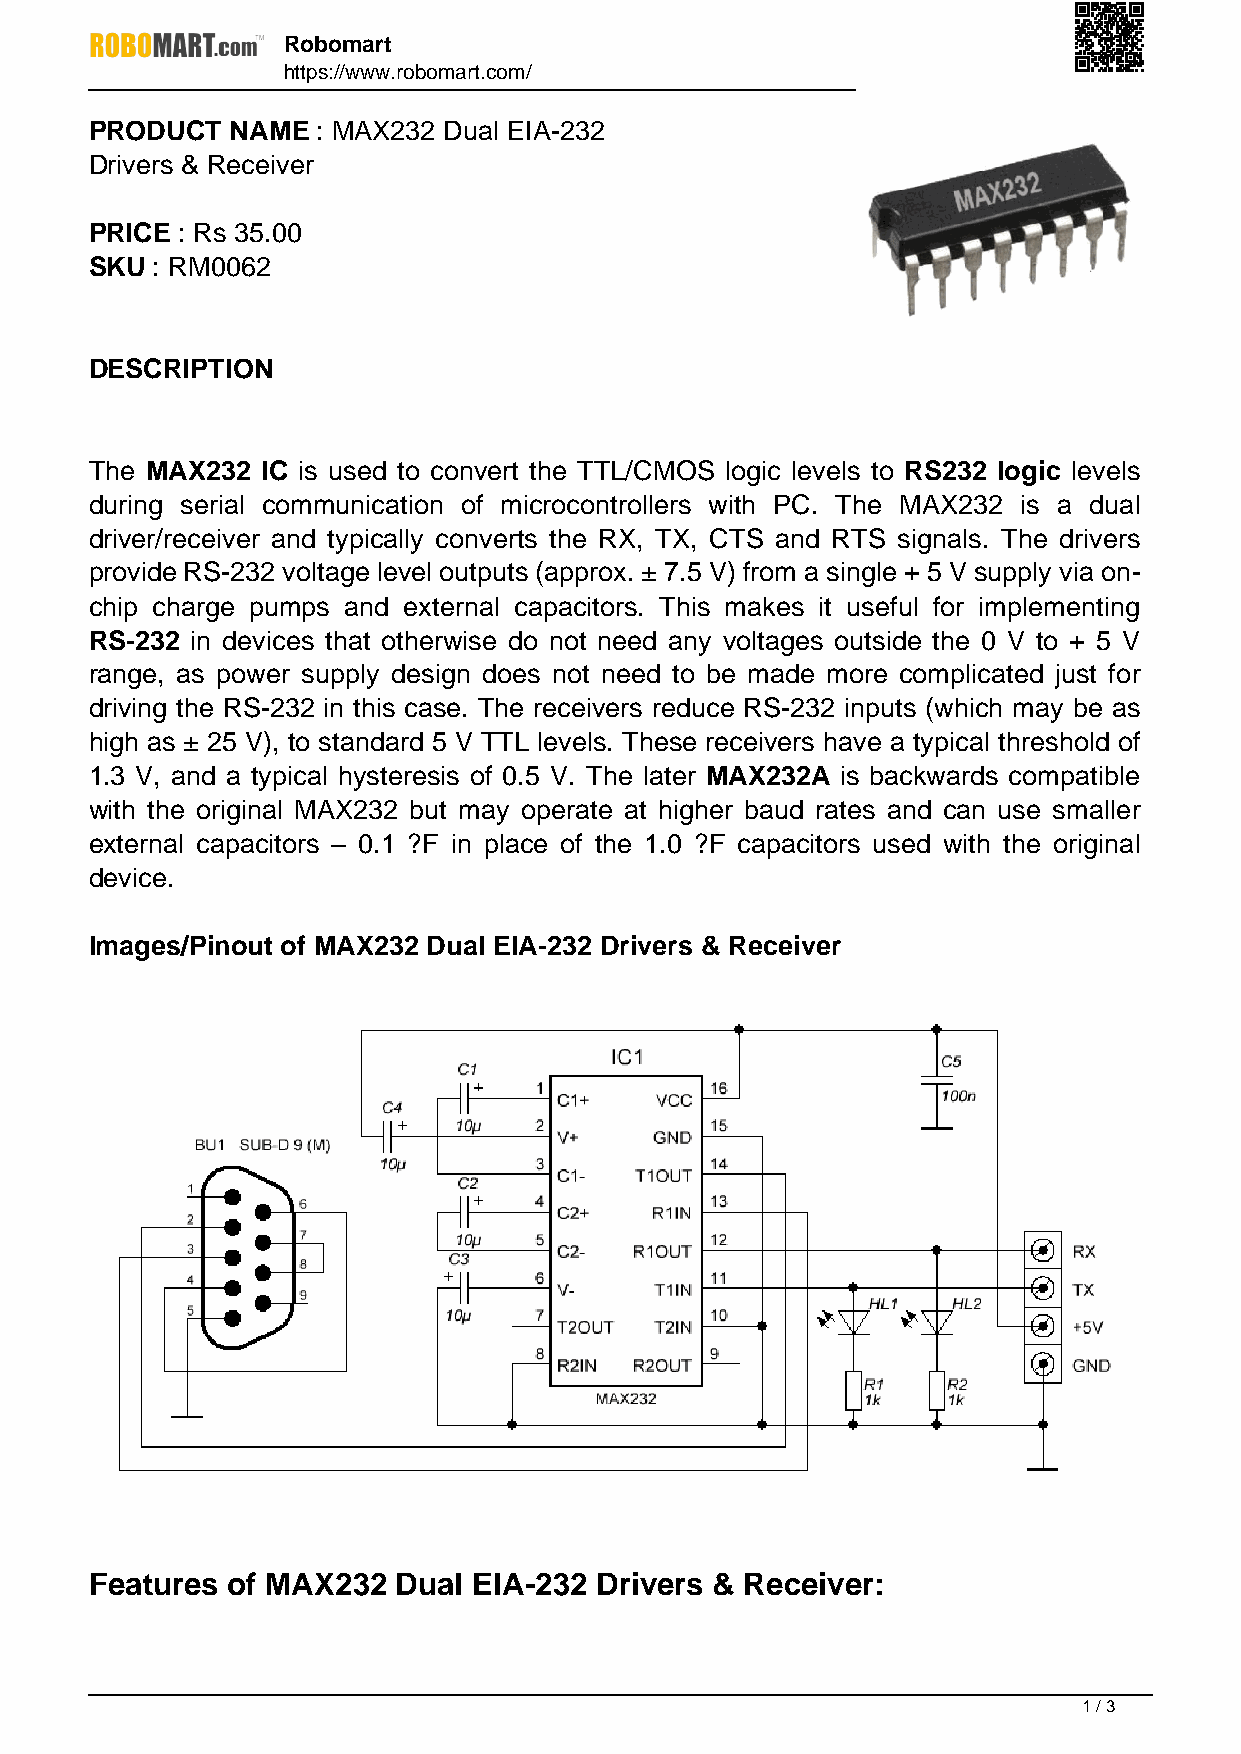
Robomart
 https://www.robomart.com/
 PRODUCT  NAME  : MAX232 Dual EIA-232
 Drivers & Receiver
 PRICE : Rs 35.00
 SKU : RM0062
 DESCRIPTION
 The MAX232 IC is used to convert the TTL/CMOS logic levels to RS232 logic levels
 during serial communication of microcontrollers with PC. The MAX232 is a dual
 driver/receiver and typically converts the RX, TX, CTS and RTS signals. The drivers
 provide RS-232 voltage level outputs (approx. ± 7.5 V) from a single + 5 V supply via on-
 chip charge pumps and external capacitors. This makes it useful for implementing
 RS-232 in devices that otherwise do not need any voltages outside the 0 V to + 5 V
 range, as power supply design does not need to be made more complicated just for
 driving the RS-232 in this case. The receivers reduce RS-232 inputs (which may be as
 high as ± 25 V), to standard 5 V TTL levels. These receivers have a typical threshold of
 1.3 V, and a typical hysteresis of 0.5 V. The later MAX232A is backwards compatible
 with the original MAX232 but may operate at higher baud rates and can use smaller
 external capacitors – 0.1 ?F in place of the 1.0 ?F capacitors used with the original
 device.
 Images/Pinout of MAX232 Dual EIA-232 Drivers & Receiver
 Features of MAX232  Dual EIA-232 Drivers & Receiver:
 1 / 3